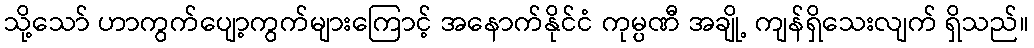
သို့သော် ဟာကွက်ပျော့ကွက်များကြောင့် အနောက်နိုင်ငံ ကုမ္ပဏီ အချို့ ကျန်ရှိသေးလျက် ရှိသည်။